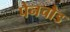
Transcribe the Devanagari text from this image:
पेनचौड